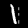
Label: 1